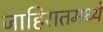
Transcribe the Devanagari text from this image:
जाहिरातमध्ये